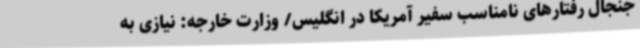
جنجال رفتارهای نامناسب سفیر آمریکا در انگلیس/ وزارت خارجه: نیازی به